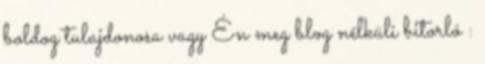
boldog tulajdonosa vagy Én meg blog nélküli bitorló :